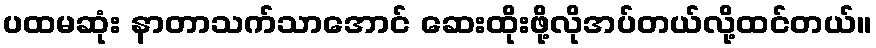
ပထမဆုံး နာတာသက်သာအောင် ဆေးထိုးဖို့လိုအပ်တယ်လို့ထင်တယ်။